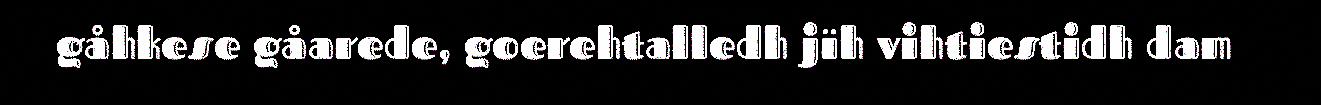
gåhkese gåarede, goerehtalledh jïh vihtiestidh dam